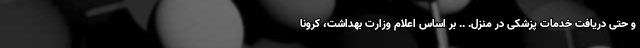
و حتی دریافت خدمات پزشکی در منزل. .. بر اساس اعلام وزارت بهداشت، کرونا